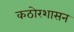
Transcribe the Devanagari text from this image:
कठोरशासन